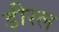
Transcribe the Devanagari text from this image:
डीरल